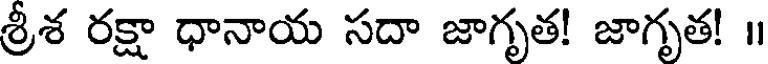
శ్రీశ రక్షా ధానాయ సదా జాగృత! జాగృత! ॥